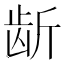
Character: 龂